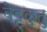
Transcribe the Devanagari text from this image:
वेट्टुळुतु